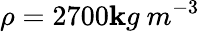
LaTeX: \rho=2700\mathbf{k}g\ m^{-3}